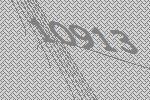
10913